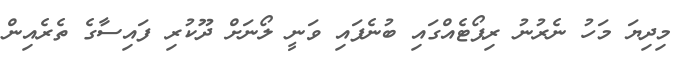
މިދިޔަ މަހު ނެރުނު ރިޕޯޓެއްގައި ބުނެފައި ވަނީ ލޯނަށް ދޫކުރި ފައިސާގެ ތެރެއިން